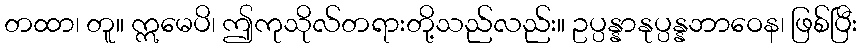
တထာ၊ တူ။ ဣမေပိ၊ ဤကုသိုလ်တရားတို့သည်လည်း။ ဥပ္ပန္နာနုပ္ပန္နဘာဝေန၊ ဖြစ်ပြီး